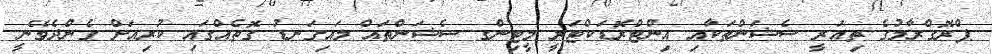
ޕްރޮގްރާމުގެ ތިއަރީ ސެޝަންތަކާއި އިންޓްރޮޑަކްޓަރީ މީޓިންގ ސެޝަންތައް މައިގަނޑު ގޮތެއްގައި ކުރިއަށް ގެންދެވޭނީ